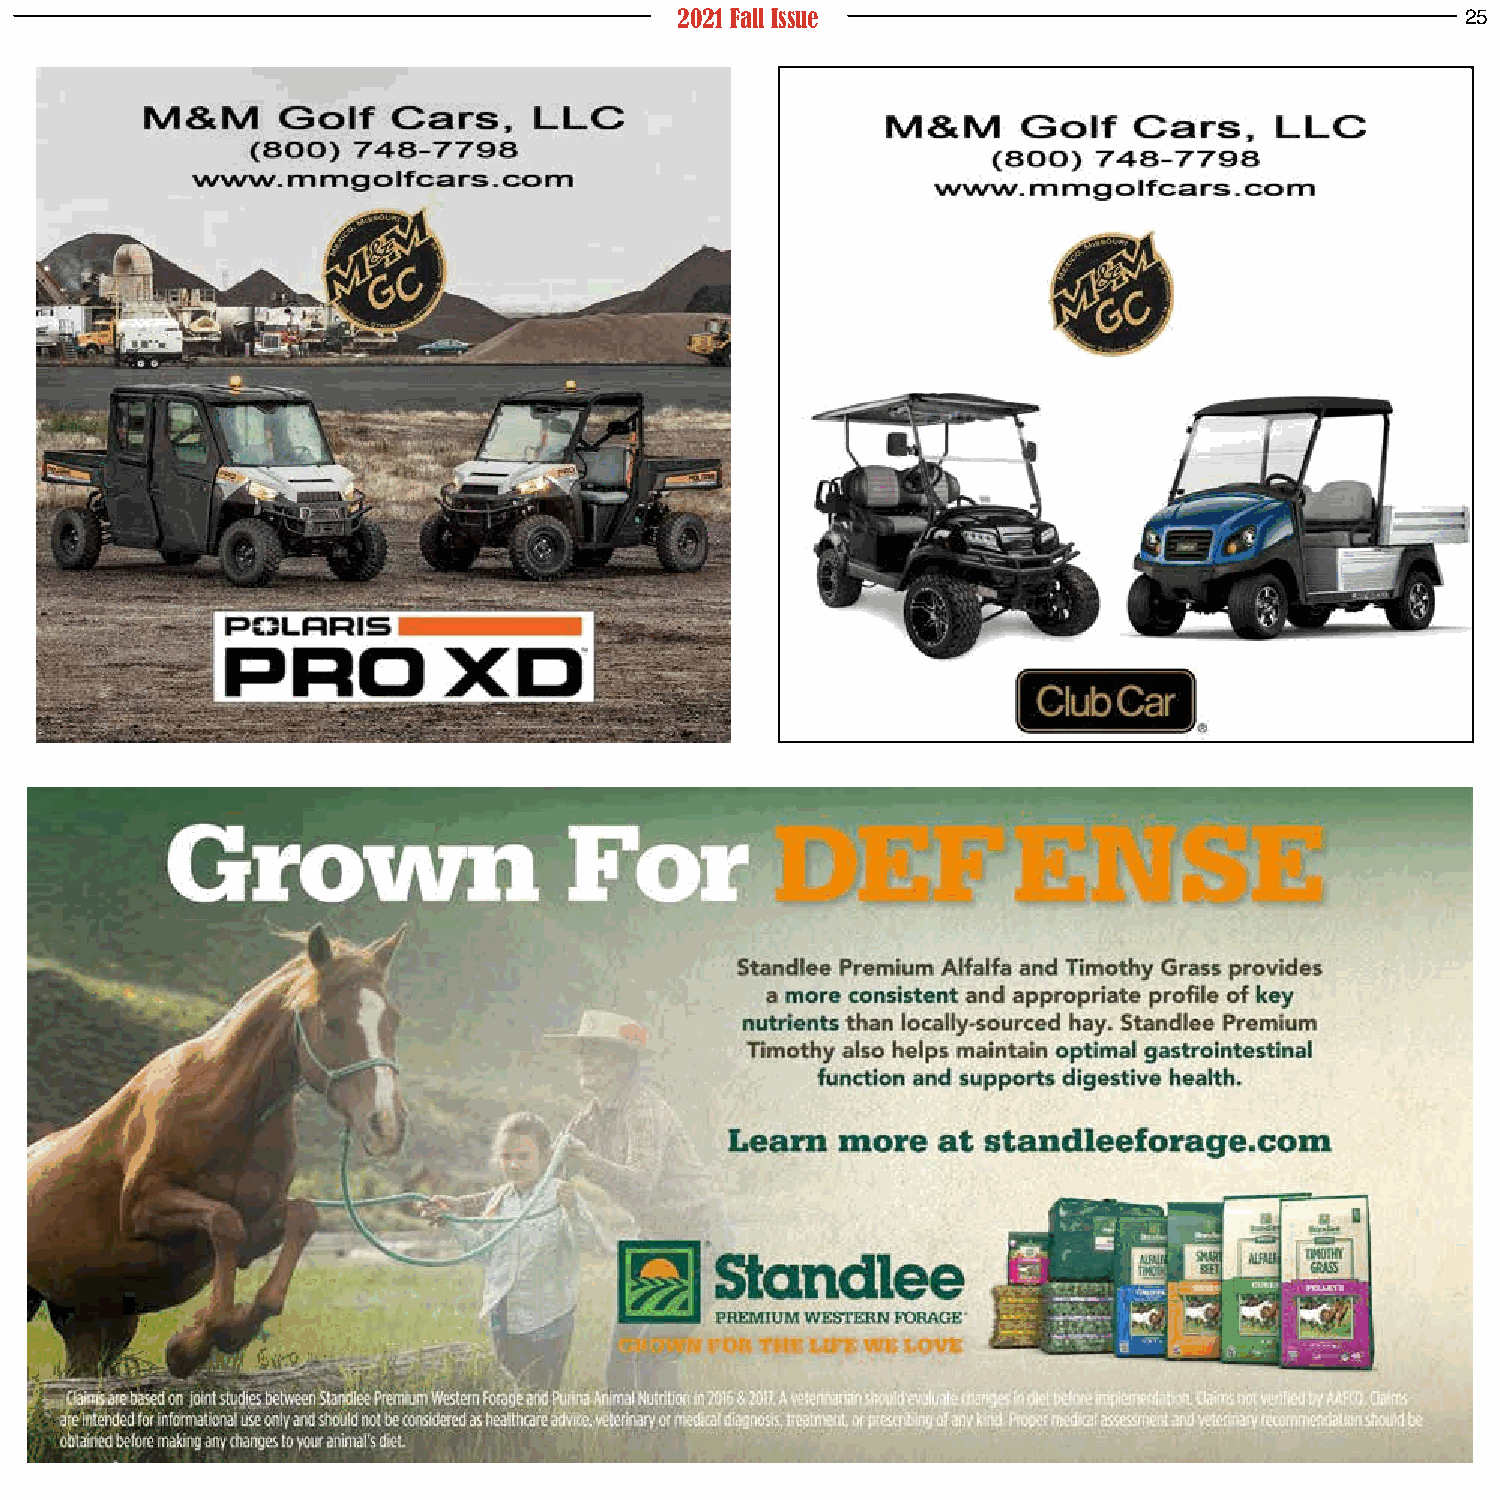
2021 Fall Issue                                     25